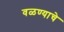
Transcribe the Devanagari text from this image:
वळण्याचे